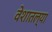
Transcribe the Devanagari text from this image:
वेशातल्या